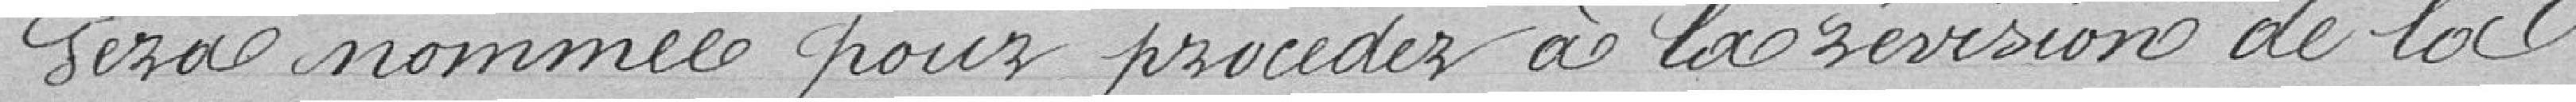
sera nommée pour procéder à la révision de la